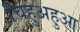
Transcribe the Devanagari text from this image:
चिहुअहुआ